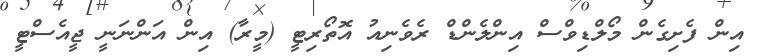
އިން ފެށިގެން މޯލްޑިވްސް އިންލެންޑް ރެވެނިއު އޮތޯރިޓީ (މީރާ) އިން އަންނަނީ ޖީއެސްޓީ